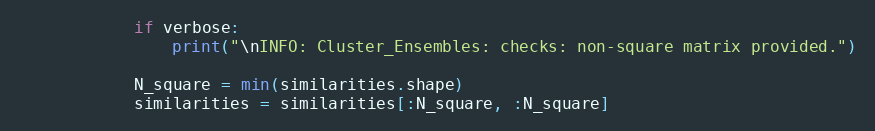
Language: Python
            if verbose:
                print("\nINFO: Cluster_Ensembles: checks: non-square matrix provided.")

            N_square = min(similarities.shape)
            similarities = similarities[:N_square, :N_square]